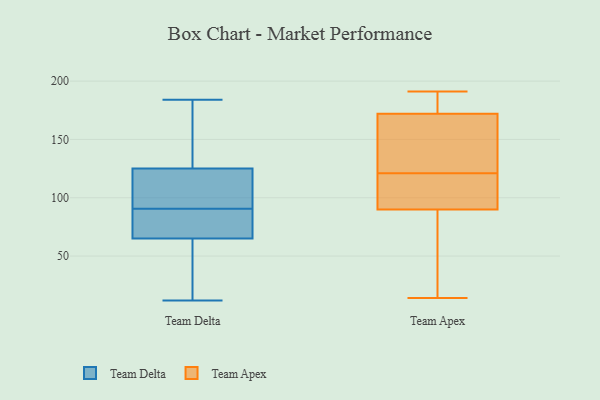
{"axis": {"x": "Conversion Rate (%)", "y": "Value"}, "legend": ["Team Apex", "Team Delta"], "data": [{"x": "", "y": 174, "type": "Team Delta"}, {"x": "", "y": 184, "type": "Team Delta"}, {"x": "", "y": 87, "type": "Team Delta"}, {"x": "", "y": 57, "type": "Team Delta"}, {"x": "", "y": 180, "type": "Team Delta"}, {"x": "", "y": 12, "type": "Team Delta"}, {"x": "", "y": 85, "type": "Team Delta"}, {"x": "", "y": 94, "type": "Team Delta"}, {"x": "", "y": 109, "type": "Team Delta"}, {"x": "", "y": 125, "type": "Team Delta"}, {"x": "", "y": 121, "type": "Team Delta"}, {"x": "", "y": 82, "type": "Team Delta"}, {"x": "", "y": 56, "type": "Team Delta"}, {"x": "", "y": 65, "type": "Team Delta"}, {"x": "", "y": 190, "type": "Team Apex"}, {"x": "", "y": 172, "type": "Team Apex"}, {"x": "", "y": 94, "type": "Team Apex"}, {"x": "", "y": 14, "type": "Team Apex"}, {"x": "", "y": 150, "type": "Team Apex"}, {"x": "", "y": 90, "type": "Team Apex"}, {"x": "", "y": 20, "type": "Team Apex"}, {"x": "", "y": 191, "type": "Team Apex"}, {"x": "", "y": 103, "type": "Team Apex"}, {"x": "", "y": 139, "type": "Team Apex"}]}